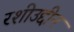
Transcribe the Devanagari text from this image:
रशीउद्दीन